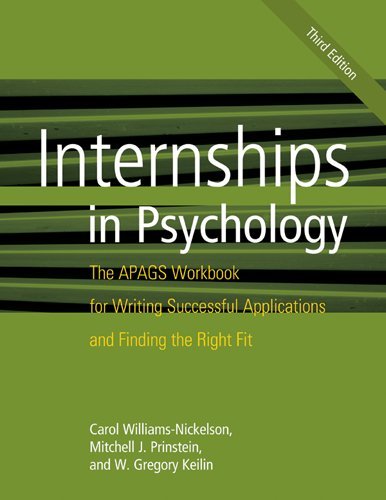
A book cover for Internships in Psychology: The Apags Workbook for Writing Successful Applications and Finding the Right Fit; Carol Williams-Nickelson; Education & Teaching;